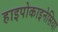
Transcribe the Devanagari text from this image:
हाइपोकाइनेसिया